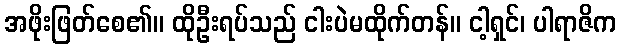
အဖိုးဖြတ်စေ၏။ ထိုဦးရပ်သည် ငါးပဲမထိုက်တန်။ ငါ့ရှင်၊ ပါရာဇိက